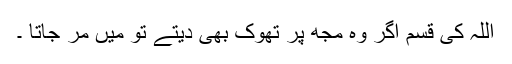
اللہ کی قسم اگر وہ مجھ پر تھوک بھی دیتے تو میں مر جاتا ۔